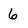
Character: 6